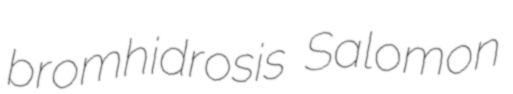
bromhidrosis Salomon